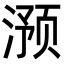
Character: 滪